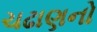
ચઢાણનો